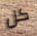
كل